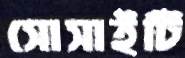
সোসাইটি